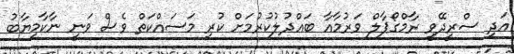
އަދި ސްރީދޭވީ ރާމްގޯޕާލް ވަރުމާއާ ބައްދުލުކުރުމަށް ކުރި މަސައްކަތް ވެސް ވަނީ ނާކާމިޔާބު